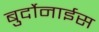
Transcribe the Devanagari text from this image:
बुर्दोनाईस